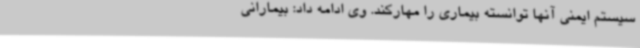
سیستم ایمنی آنها توانسته بیماری را مهارکند. وی ادامه داد: بیمارانی